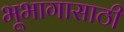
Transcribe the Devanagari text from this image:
भूभागासाठी